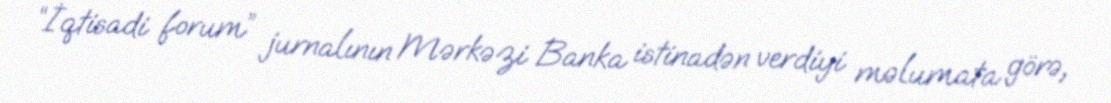
“İqtisadi forum” jurnalının Mərkəzi Banka istinadən verdiyi məlumata görə,